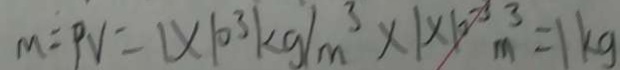
M = P V = 1 \times 1 0 ^ { 3 } k g / m ^ { 3 } \times 1 \times 1 0 ^ { - 3 } m ^ { 3 } = 1 k g